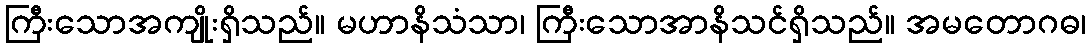
ကြီးသောအကျိုးရှိသည်။ မဟာနိသံသာ၊ ကြီးသောအာနိသင်ရှိသည်။ အမတောဂဓ၊